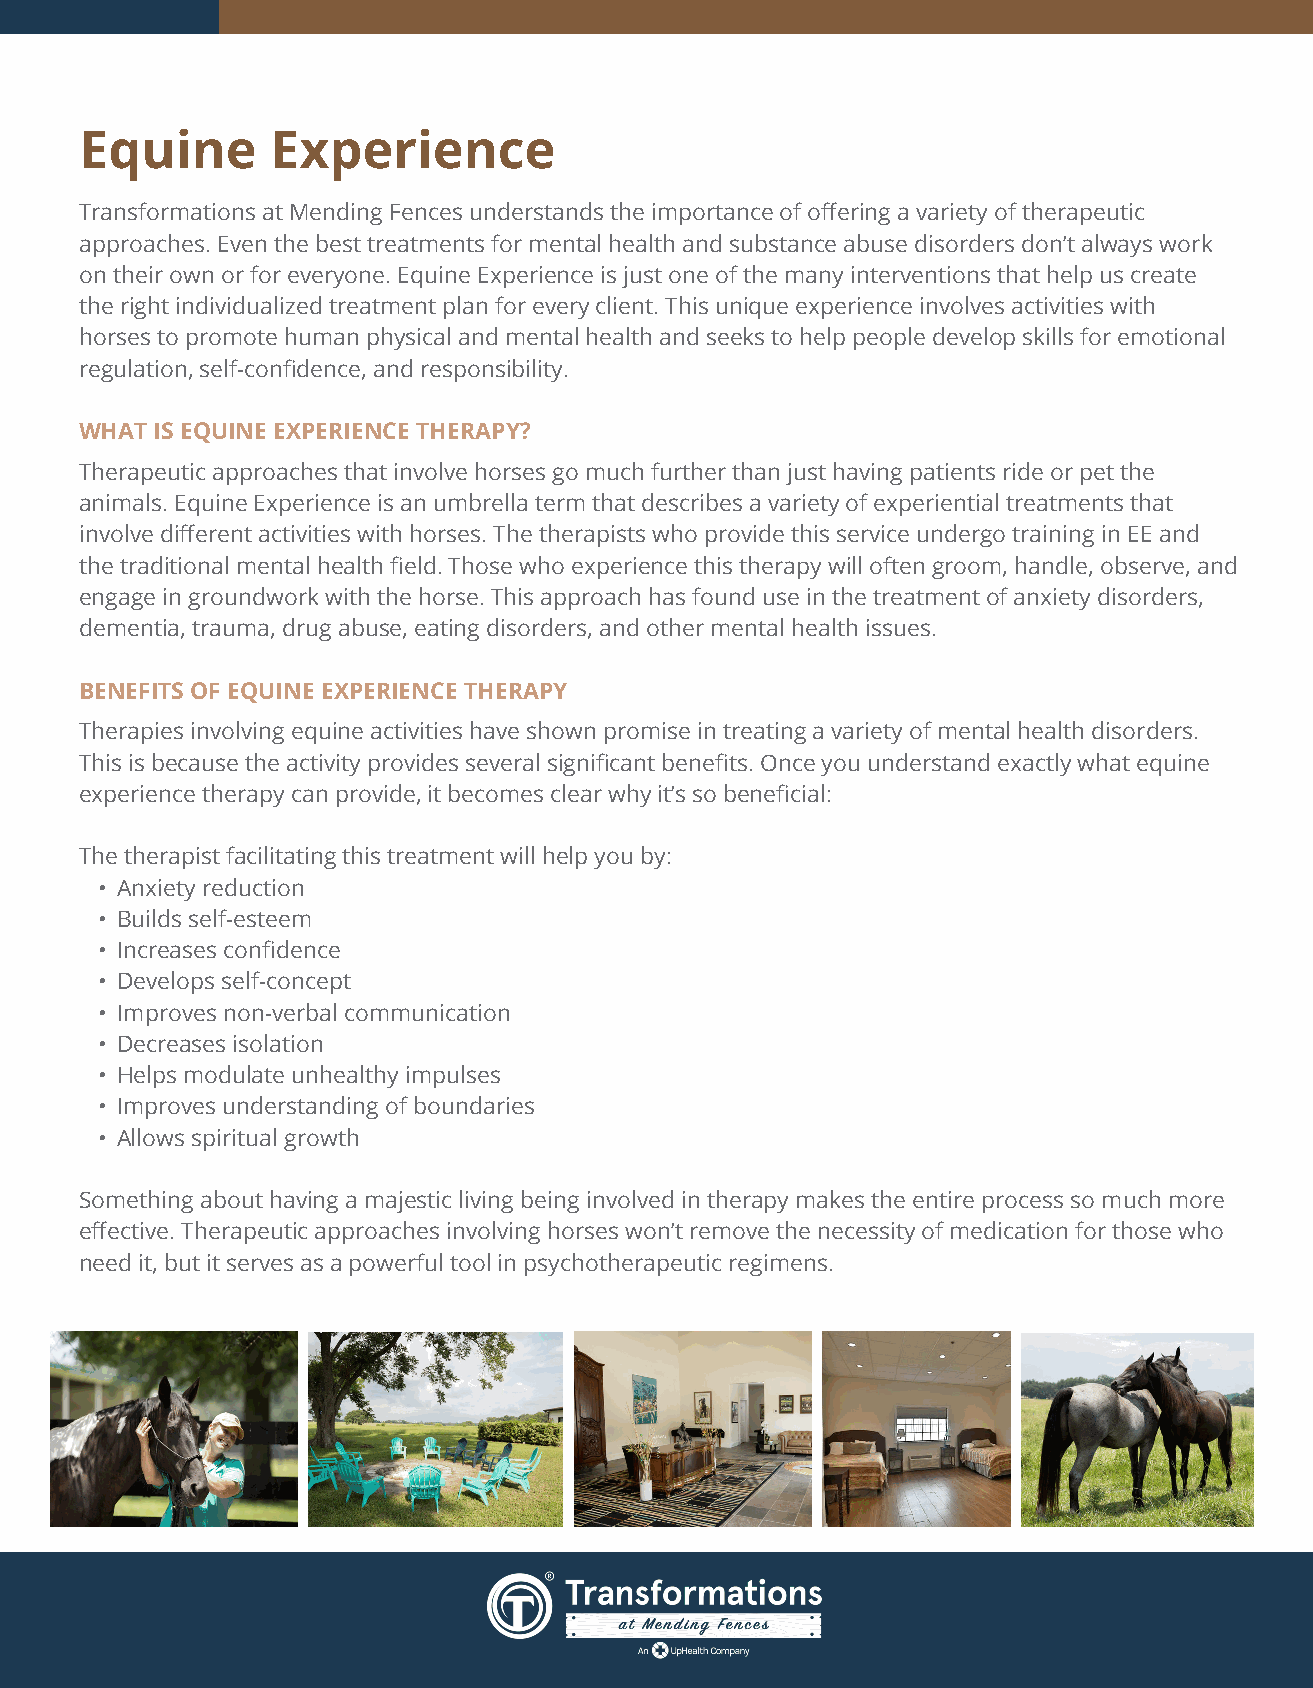
Equine       Experience
 Transformations at Mending Fences understands the importance of offering a variety of therapeutic
 approaches. Even the best treatments for mental health and substance abuse disorders don’t always work
 on their own or for everyone. Equine Experience is just one of the many interventions that help us create
 the right individualized treatment plan for every client. This unique experience involves activities with
 horses to promote human physical and mental health and seeks to help people develop skills for emotional
 regulation, self-confidence, and responsibility.
 WHAT IS EQUINE EXPERIENCE THERAPY?
 Therapeutic approaches that involve horses go much further than just having patients ride or pet the
 animals. Equine Experience is an umbrella term that describes a variety of experiential treatments that
 involve different activities with horses. The therapists who provide this service undergo training in EE and
 the traditional mental health field. Those who experience this therapy will often groom, handle, observe, and
 engage in groundwork with the horse. This approach has found use in the treatment of anxiety disorders,
 dementia, trauma, drug abuse, eating disorders, and other mental health issues.
 BENEFITS OF EQUINE EXPERIENCE THERAPY
 Therapies involving equine activities have shown promise in treating a variety of mental health disorders.
 This is because the activity provides several significant benefits. Once you understand exactly what equine
 experience therapy can provide, it becomes clear why it’s so beneficial:
 The therapist facilitating this treatment will help you by:
 • Anxiety reduction
 • Builds self-esteem
 • Increases confidence
 • Develops self-concept
 • Improves non-verbal communication
 • Decreases isolation
 • Helps modulate unhealthy impulses
 • Improves understanding of boundaries
 • Allows spiritual growth
 Something about having a majestic living being involved in therapy makes the entire process so much more
 effective. Therapeutic approaches involving horses won’t remove the necessity of medication for those who
 need it, but it serves as a powerful tool in psychotherapeutic regimens.